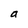
Character: a